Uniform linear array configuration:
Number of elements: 24
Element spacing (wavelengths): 1
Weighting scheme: kaiser
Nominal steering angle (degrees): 0
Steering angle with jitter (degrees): -0.03165
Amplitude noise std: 0.05
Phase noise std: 0.05

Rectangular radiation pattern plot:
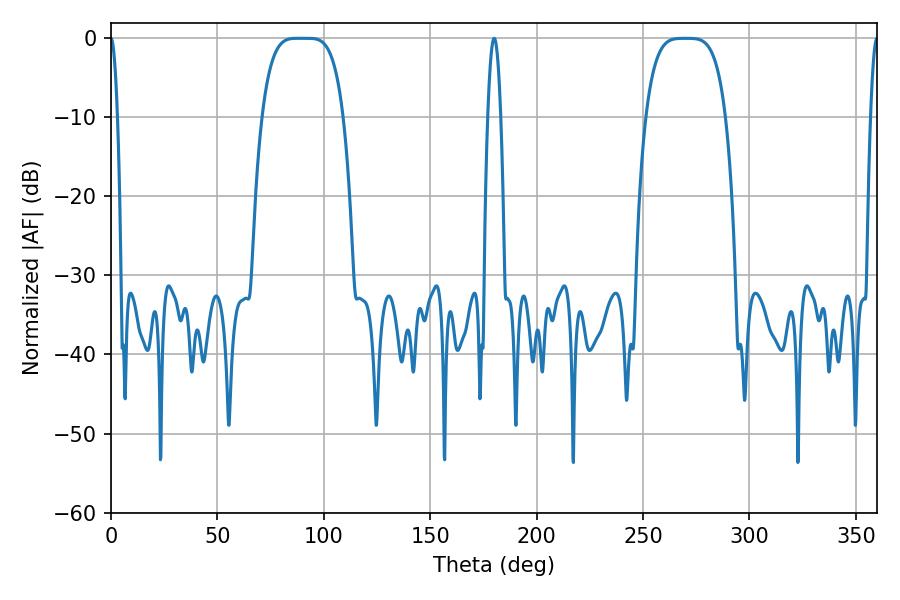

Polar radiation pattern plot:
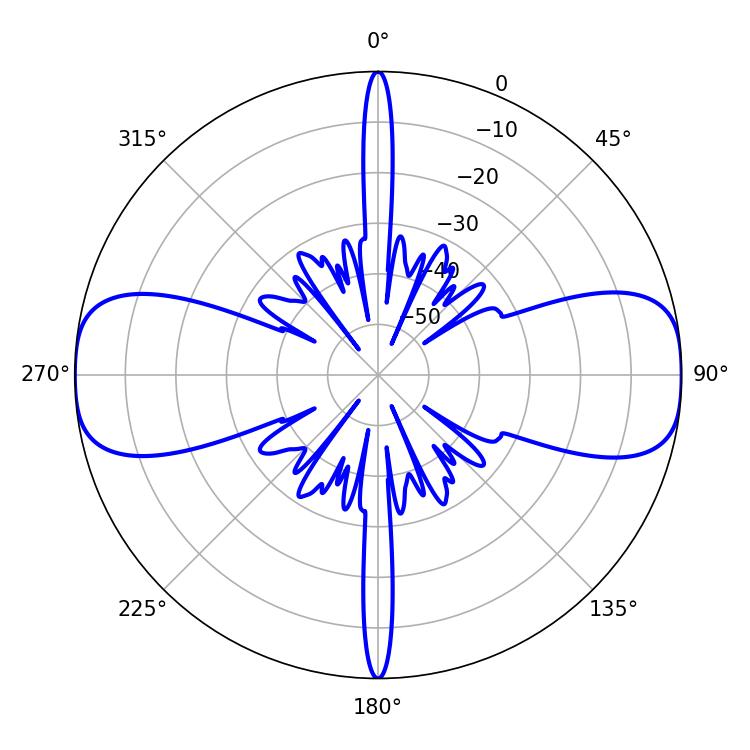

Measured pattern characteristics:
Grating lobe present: TRUE
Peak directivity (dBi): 21.058
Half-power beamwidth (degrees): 28.44
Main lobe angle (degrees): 87.66